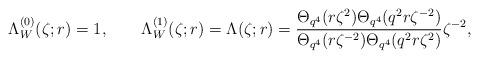
LaTeX: \begin{align*}\Lambda_W^{(0)}(\zeta;r) = 1, \qquad \Lambda_W^{(1)}(\zeta;r) = \Lambda(\zeta;r) = \frac{\Theta_{q^4}(r\zeta^2)\Theta_{q^4}(q^2 r\zeta^{-2})} {\Theta_{q^4}(r\zeta^{-2})\Theta_{q^4}(q^2 r\zeta^2)}\zeta^{-2},\end{align*}